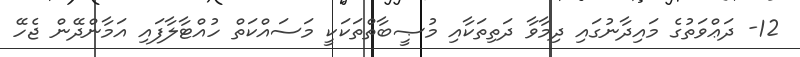
12- ދަޢްވަތުގެ މައިދާނުގައި ދިމާވާ ދަތިތަކާއި މުޞީބާތްތަކަކީ މަސައްކަތް ހުއްޓާލާފައި އަމާންދޭން ޖެހޭ